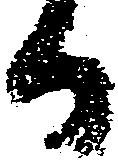
而